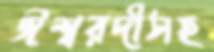
ঈশ্বরদীসহ